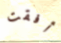
أفقت